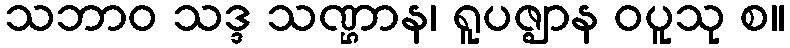
သဘာဝ သဒ္ဒ သဏ္ဌာန၊ ရူပဇ္ဈာန ဝပူသု စ။